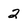
Character: 2